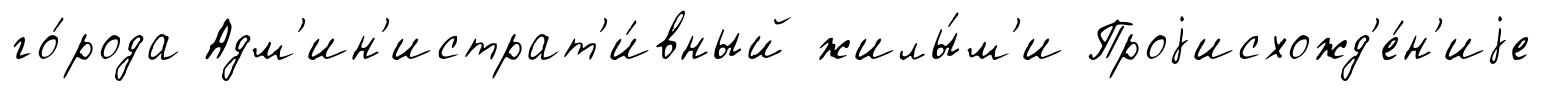
го́рода Адм'ин'истрат'и́вный жилы́м'и Проjисхожд'е́н'иjе